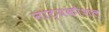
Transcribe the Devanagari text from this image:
नाट्यकौशल